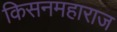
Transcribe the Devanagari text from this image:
किसनमहाराज